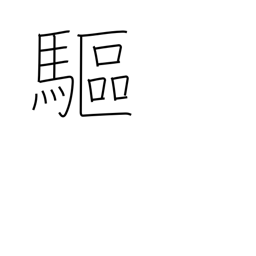
Meaning: expel